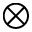
\otimes